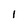
Character: I